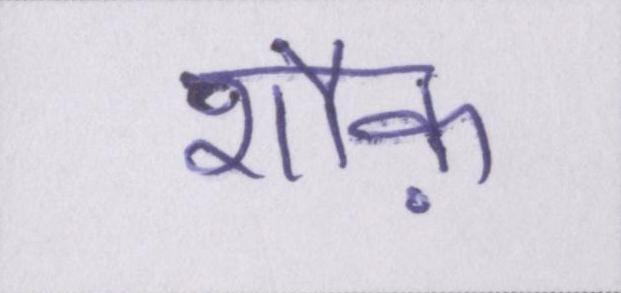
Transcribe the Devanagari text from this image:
शौक़